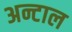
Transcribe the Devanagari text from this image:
अन्टाल